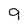
Character: 9